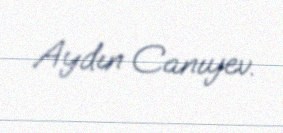
Aydın Canıyev.